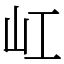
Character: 屸